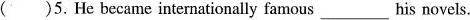
( )5.He became internationally famous___ his novels.